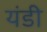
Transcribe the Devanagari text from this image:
यंडी